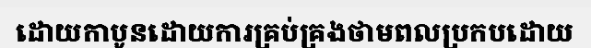
ដោយកាបូនដោយការគ្រប់គ្រងថាមពលប្រកបដោយ